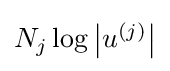
{\textstyle N_{j}\log \left|u^{(j)}\right|}